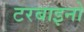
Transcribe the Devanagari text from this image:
टरबाइनो